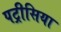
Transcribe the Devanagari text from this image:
पट्रीसिया